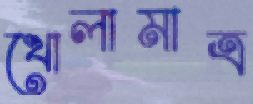
খোলামাত্র